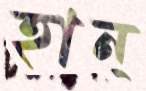
হান্‌